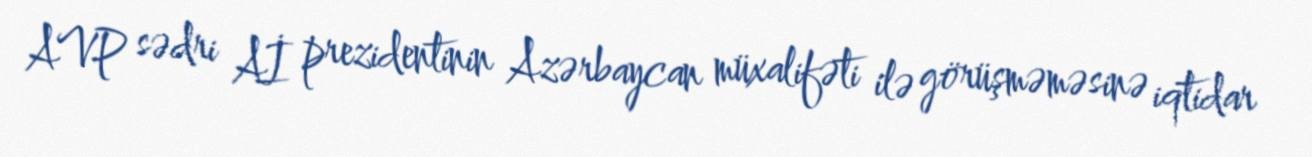
AVP sədri Aİ prezidentinin Azərbaycan müxalifəti ilə görüşməməsinə iqtidar